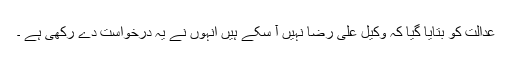
عدالت کو بتایا گیا کہ وکیل علی رضا نہیں آ سکے ہیں انہوں نے یہ درخواست دے رکھی ہے ۔